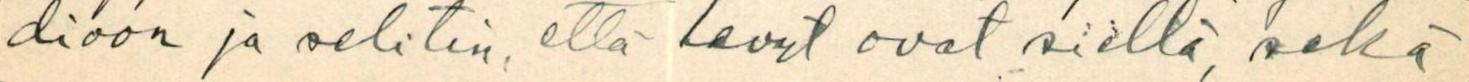
dioon ja selitin, että levyt ovat siellä, sekä